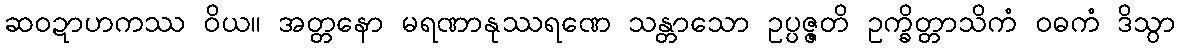
ဆဝဍာဟကဿ ဝိယ။ အတ္တနော မရဏာနုဿရဏေ သန္တာသော ဥပ္ပဇ္ဇတိ ဥက္ခိတ္တာသိကံ ဝဓကံ ဒိသွာ